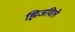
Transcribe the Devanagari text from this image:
झिजविले